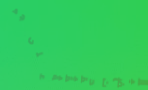
تخفيضات حقيقية على جميع ا